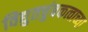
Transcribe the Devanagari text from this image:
विद्युतचुंबकत्वाच्या